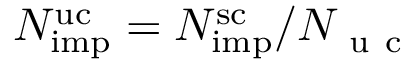
N _ { \mathrm { i m p } } ^ { \mathrm { u c } } = N _ { \mathrm { i m p } } ^ { \mathrm { s c } } / N _ { \mathrm { ~ u ~ c ~ } }